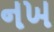
નખ